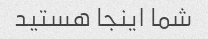
شما اینجا هستید